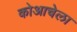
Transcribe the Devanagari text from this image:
कोआचेला